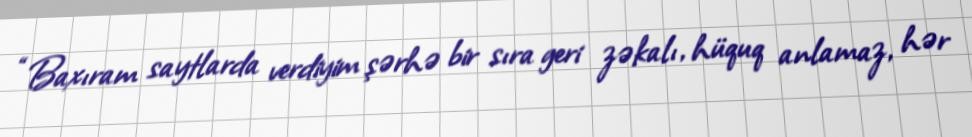
“Baxıram saytlarda verdiyim şərhə bir sıra geri zəkalı, hüquq anlamaz, hər